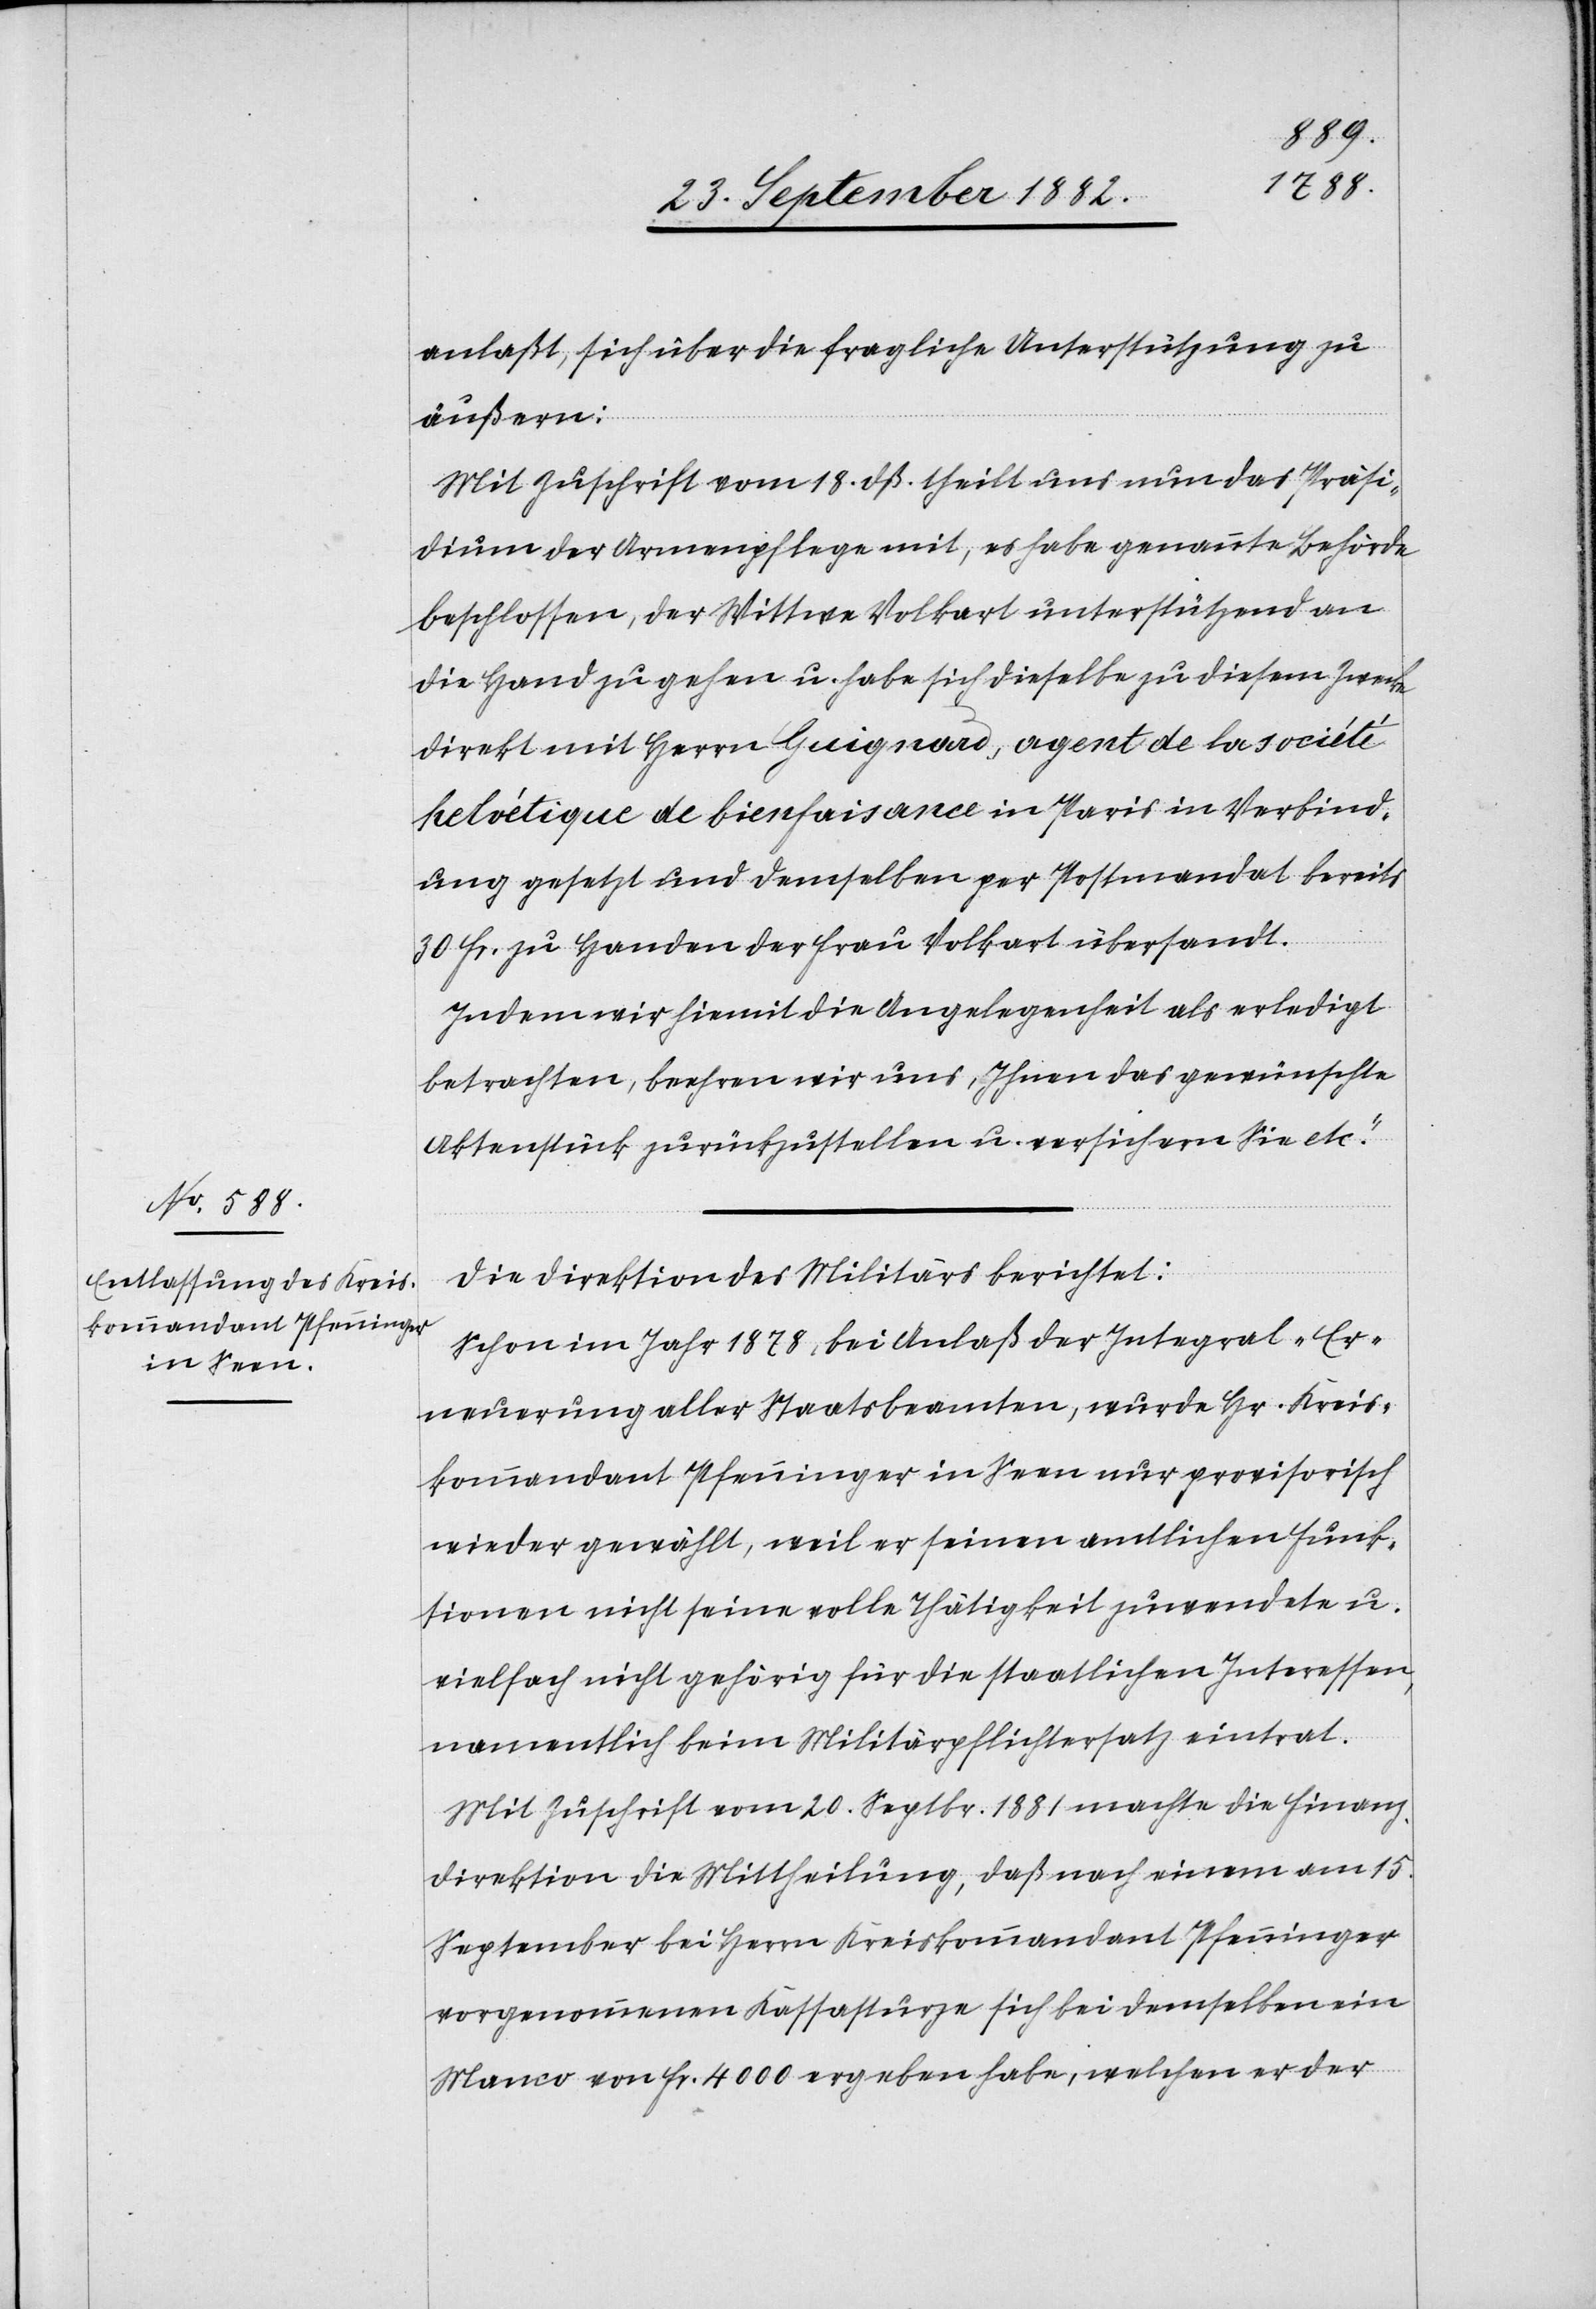
anlaßt, sich über die fragliche Unterstützung zu
äußern:
Mit Zuschrift vom 18. dß. theilt uns nun das Präsi¬
dium der Armenpflege mit, es habe genannte Behörde
beschlossen, der Wittwe Volkart unterstützend an
die Hand zu gehen u. habe sich dieselbe zu diesem Zwecke
direkt mit Herrn Guignard, agent de la société
helvétique de bienfaisance in Paris in Verbind¬
ung gesetzt und demselben per Postenmandat bereits
30 Fr. zu Handen der Frau Volkart übersandt.
Indem wir hiemit die Angelegenheit als erledigt
betrachten, beehren wir uns, Ihnen das gewünschte
Aktenstück zurückzustellen u. versichern Sie etc.“
Die Direktion des Militärs berichtet:
Schon im Jahr 1878, bei Anlaß der Integral-Er¬
neuerung aller Staatsbeamten, wurde Hr. Kreis¬
kommandant Pfenninger in Seen nur provisorisch
wieder gewählt, weil er seinen amtlichen Funk¬
tionen nicht seine volle Thätigkeit zuwendete u.
vielfach nicht gehörig für die staatlichen Interessen,
namentlich beim Militärpflichtersatz eintrat.
Mit Zuschrift vom 20. Septbr. 1881 machte die Finanz¬
direktion die Mittheilung, daß nach einem am 15.
September bei Herrn Kreiskommandant Pfenninger
vorgenommenen Kassasturze sich bei demselben ein
Manco von Fr. 4000 ergeben habe, welchen er der